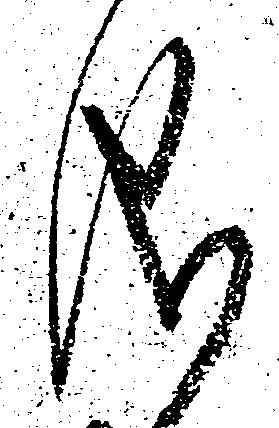
儀